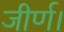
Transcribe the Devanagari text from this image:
जीर्ण।